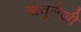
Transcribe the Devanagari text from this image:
ऋतुलेखी